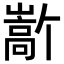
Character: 𫶜